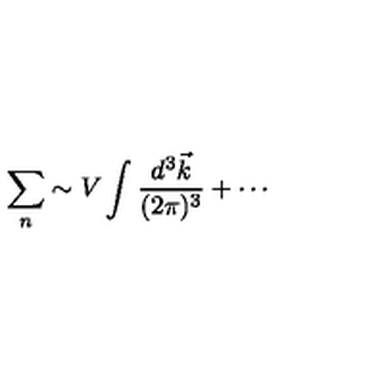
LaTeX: \sum _ { n } \sim V \int { \frac { d ^ { 3 } \vec { k } } { ( 2 \pi ) ^ { 3 } } } + \cdots